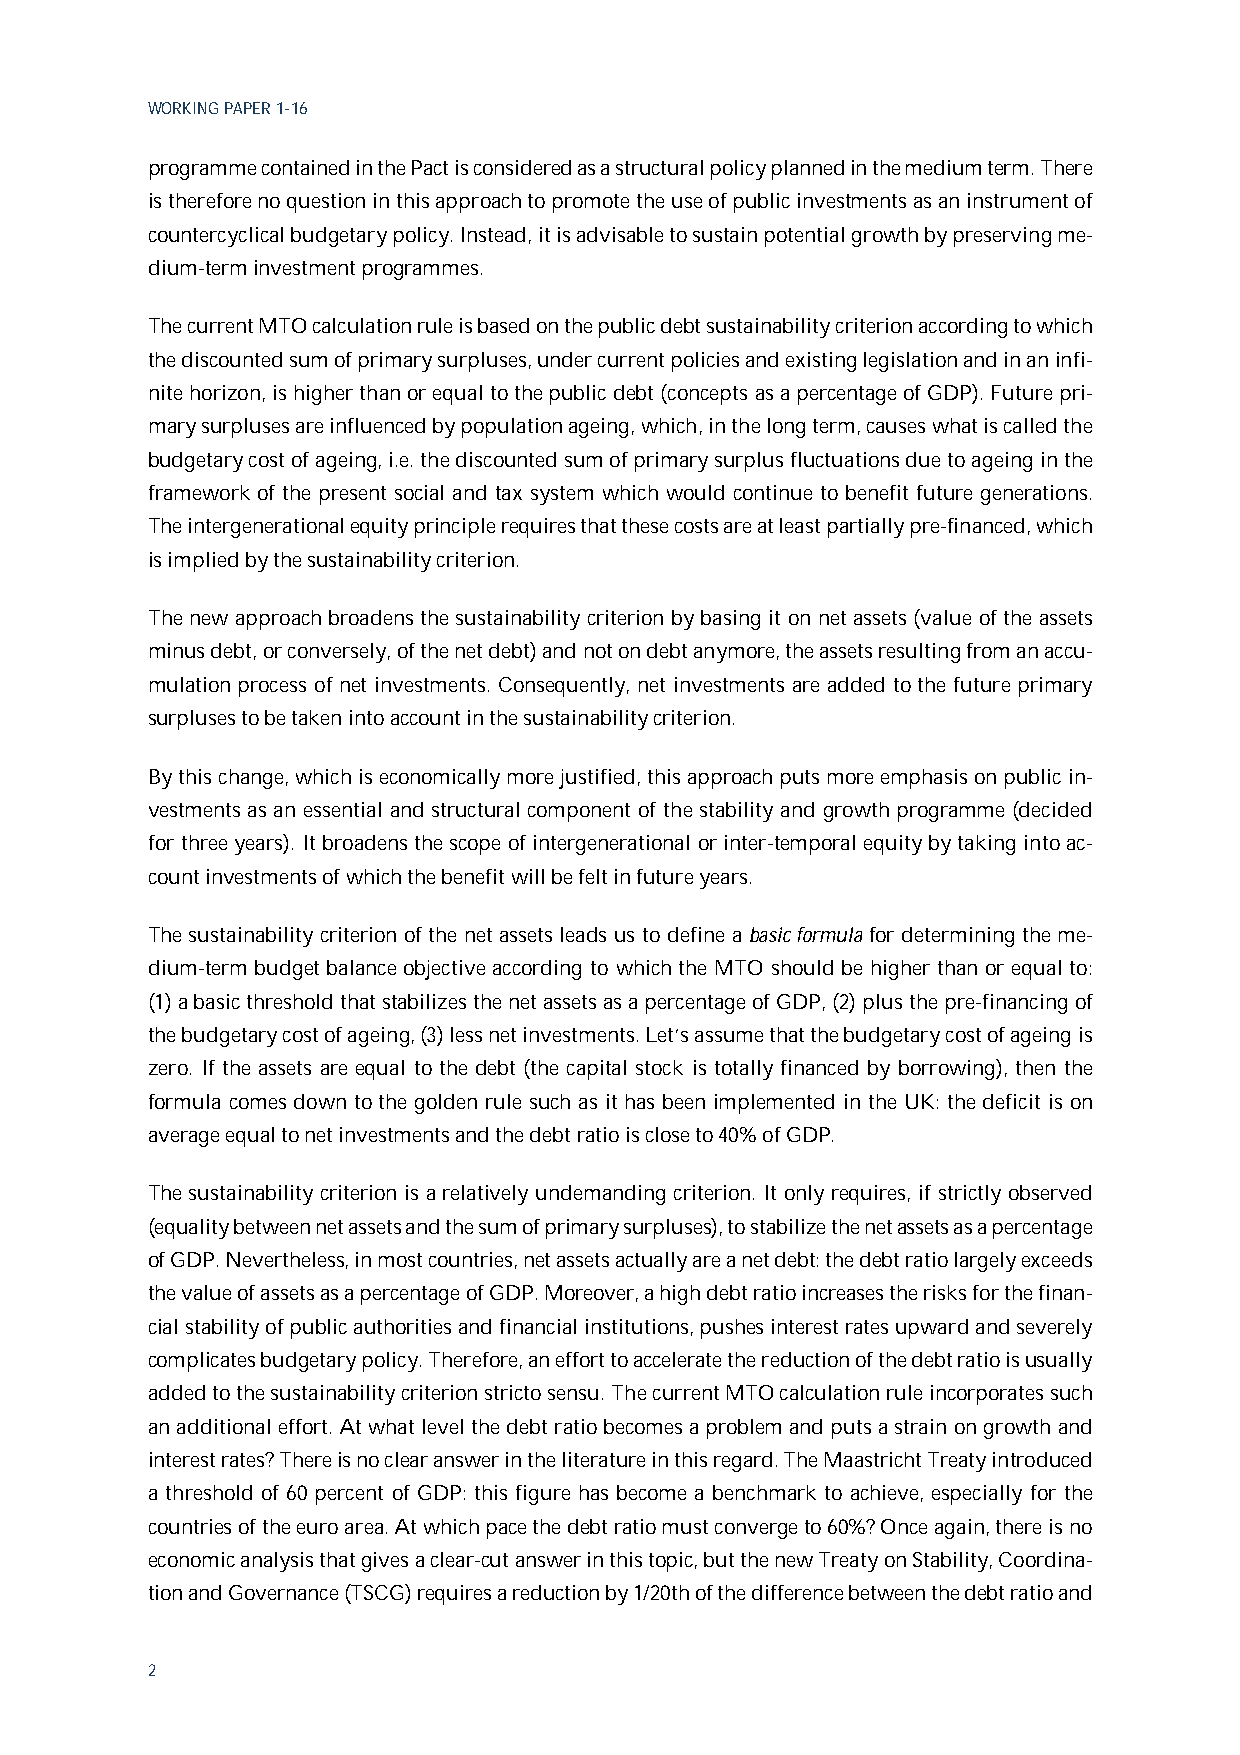
WORKING PAPER 1-16
 programme contained in the Pact is considered as a structural policy planned in the medium term. There
 is therefore no question in this approach to promote the use of public investments as an instrument of
 countercyclical budgetary policy. Instead, it is advisable to sustain potential growth by preserving me-
 dium-term investment programmes.
 The current MTO calculation rule is based on the public debt sustainability criterion according to which
 the discounted sum of primary surpluses, under current policies and existing legislation and in an infi-
 nite horizon, is higher than or equal to the public debt (concepts as a percentage of GDP). Future pri-
 mary surpluses are influenced by population ageing, which, in the long term, causes what is called the
 budgetary cost of ageing, i.e. the discounted sum of primary surplus fluctuations due to ageing in the
 framework of the present social and tax system which would continue to benefit future generations.
 The intergenerational equity principle requires that these costs are at least partially pre-financed, which
 is implied by the sustainability criterion.
 The new approach broadens the sustainability criterion by basing it on net assets (value of the assets
 minus debt, or conversely, of the net debt) and not on debt anymore, the assets resulting from an accu-
 mulation process of net investments. Consequently, net investments are added to the future primary
 surpluses to be taken into account in the sustainability criterion.
 By this change, which is economically more justified, this approach puts more emphasis on public in-
 vestments as an essential and structural component of the stability and growth programme (decided
 for three years). It broadens the scope of intergenerational or inter-temporal equity by taking into ac-
 count investments of which the benefit will be felt in future years.
 The sustainability criterion of the net assets leads us to define a basic formula for determining the me-
 dium-term budget balance objective according to which the MTO should be higher than or equal to:
 (1) a basic threshold that stabilizes the net assets as a percentage of GDP, (2) plus the pre-financing of
 the budgetary cost of ageing, (3) less net investments. Let’s assume that the budgetary cost of ageing is
 zero. If the assets are equal to the debt (the capital stock is totally financed by borrowing), then the
 formula comes down to the golden rule such as it has been implemented in the UK: the deficit is on
 average equal to net investments and the debt ratio is close to 40% of GDP.
 The sustainability criterion is a relatively undemanding criterion. It only requires, if strictly observed
 (equality between net assets and the sum of primary surpluses), to stabilize the net assets as a percentage
 of GDP. Nevertheless, in most countries, net assets actually are a net debt: the debt ratio largely exceeds
 the value of assets as a percentage of GDP. Moreover, a high debt ratio increases the risks for the finan-
 cial stability of public authorities and financial institutions, pushes interest rates upward and severely
 complicates budgetary policy. Therefore, an effort to accelerate the reduction of the debt ratio is usually
 added to the sustainability criterion stricto sensu. The current MTO calculation rule incorporates such
 an additional effort. At what level the debt ratio becomes a problem and puts a strain on growth and
 interest rates? There is no clear answer in the literature in this regard. The Maastricht Treaty introduced
 a threshold of 60 percent of GDP: this figure has become a benchmark to achieve, especially for the
 countries of the euro area. At which pace the debt ratio must converge to 60%? Once again, there is no
 economic analysis that gives a clear-cut answer in this topic, but the new Treaty on Stability, Coordina-
 tion and Governance (TSCG) requires a reduction by 1/20th of the difference between the debt ratio and
 2